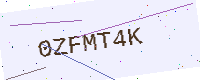
Text: 0ZFMT4K